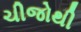
ચીજોથી